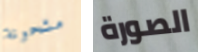
مشحونة الصورة